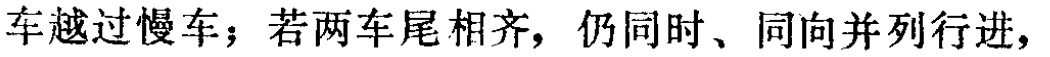
车越过慢车；若两车尾相齐，仍同时、同向并列行进，